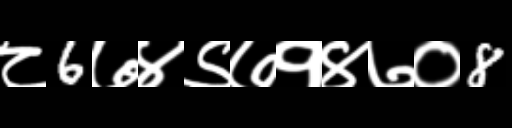
Text: ८6७४९७१४७०8